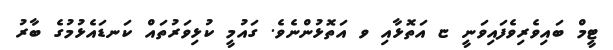
ޓީމް ބައިވެރިވެފައިވަނީ ޏ އަތޮޅާއި ވ އަތޮޅުންނެވެ. ގައުމީ ކުޅިވަރުތައް ކަނޑައެޅުމުގެ ބާރު